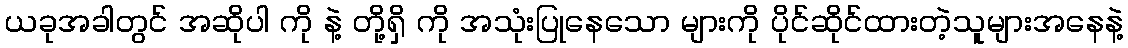
ယခုအခါတွင် အဆိုပါ ကို နဲ့ တို့ရှိ ကို အသုံးပြုနေသော များကို ပိုင်ဆိုင်ထားတဲ့သူများအနေနဲ့